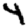
Digit: 4